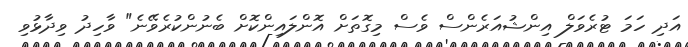
އަދި ހަމަ ޓުރެވަލް އިންޝުއަރެންސް ވެސް މިގޮތަށް އޮންލައިންކޮށް ބެނުންކުރެވޭނެ" ވާހިދު ވިދާޅުވި